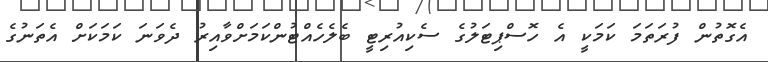
އެގޮތުން ފުރަތަމަ ކަމަކީ އެ ހޮސްޕިޓަލުގެ ސެކިއުރިޓީ ބެލެހެއްޓުންކަމަށްވާއިރު ދެވަނަ ކަމަކަށް އެތަނުގެ